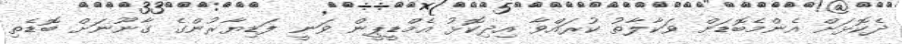
ދެކޮޅަށް އެންމެބޮޑަށް ވަކާލާތު ކުރައްވާ އިދިކޮޅު އެމްޑީޕީން ވަނީ ފަޑިޔާރުންގެ ގާނޫނަށް ބޮޑެތި